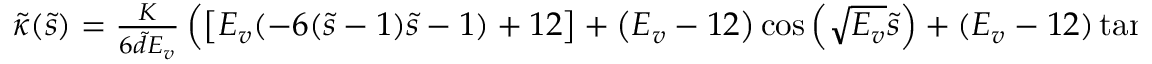
\begin{array} { r } { \tilde { \kappa } ( \tilde { s } ) = \frac { K } { 6 \tilde { d } E _ { v } } \left( \left[ E _ { v } ( - 6 ( \tilde { s } - 1 ) \tilde { s } - 1 ) + 1 2 \right] + \left( E _ { v } - 1 2 \right) \cos \left( \sqrt { E _ { v } } \tilde { s } \right) + ( E _ { v } - 1 2 ) \tan ( \sqrt { E _ { v } } / 2 ) \sin \left( \sqrt { E _ { v } } \tilde { s } \right) \right) . } \end{array}